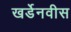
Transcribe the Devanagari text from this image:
खर्डेनवीस